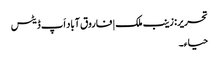
تحریر: زینب ملک | فاروق آباد اَپ ڈیٹس
حیا ء۔